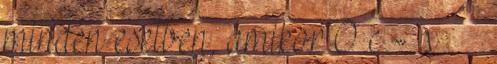
minden esetben, amikor 0 c - x δ ε